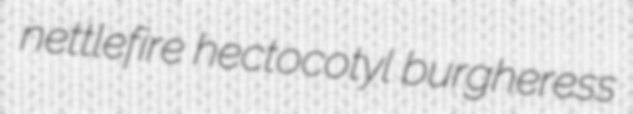
nettlefire hectocotyl burgheress